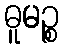
ဓူမဉ္စ